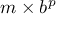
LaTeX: m \times b ^ { p }